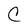
Character: C